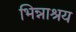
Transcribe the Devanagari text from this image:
भिन्नाश्रय